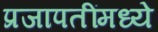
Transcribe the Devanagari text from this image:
प्रजापतींमध्ये